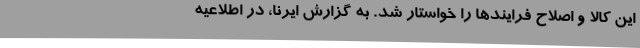
این کالا و اصلاح فرایندها را خواستار شد. به گزارش ایرنا، در اطلاعیه